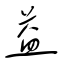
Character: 益